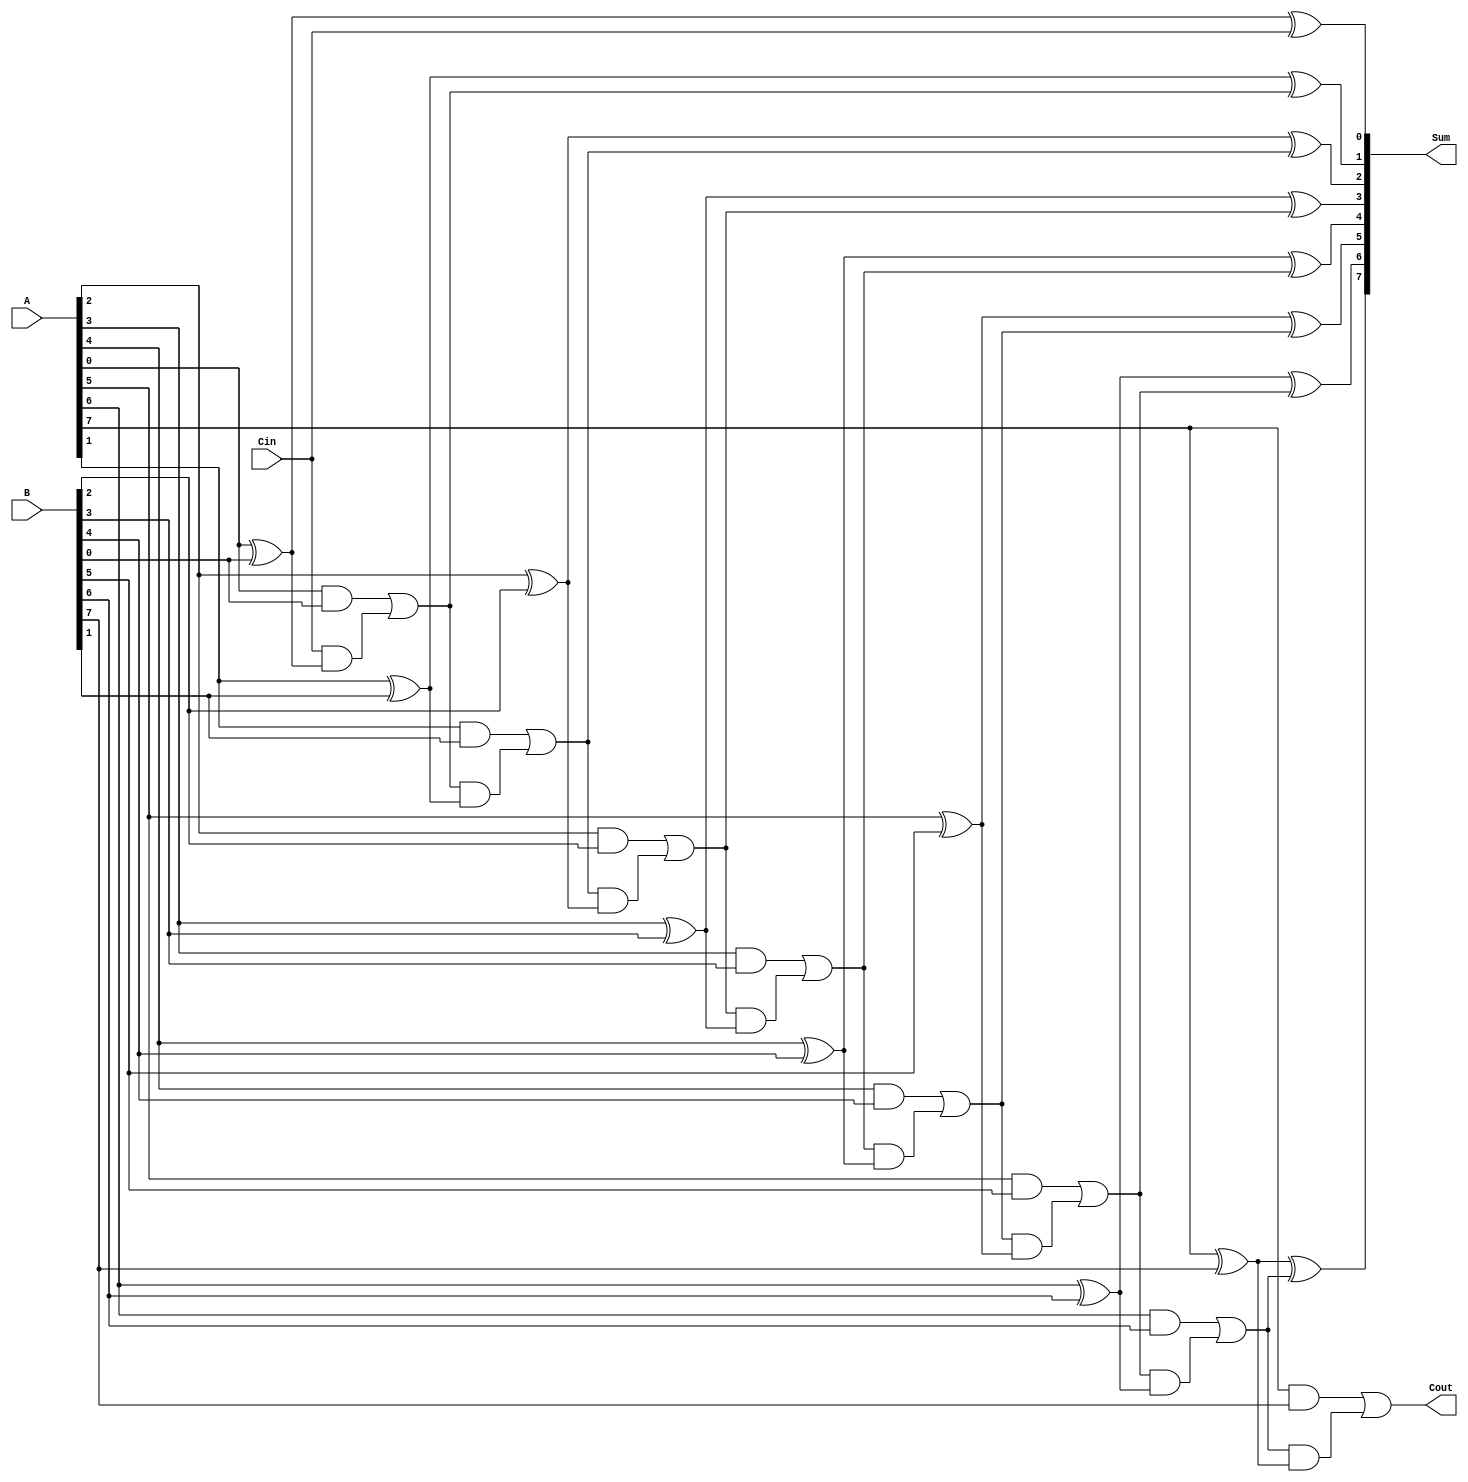
module ManchesterCarryChainAdder #(parameter WIDTH = 8) (
    input  wire [WIDTH-1:0] A,     // First operand
    input  wire [WIDTH-1:0] B,     // Second operand
    input  wire Cin,                // Carry input
    output wire [WIDTH-1:0] Sum,    // Sum output
    output wire Cout                // Carry output
);

    // Internal carry signals
    wire [WIDTH:0] carry; // carry[0] is Cin, carry[WIDTH] is Cout

    // Assign the initial carry input
    assign carry[0] = Cin;

    // Generate the carry and sum for each bit
    genvar i;
    generate
        for (i = 0; i < WIDTH; i = i + 1) begin : adder_stage
            wire A_i = A[i];
            wire B_i = B[i];
            wire carry_in = carry[i];

            // Sum calculation using XOR
            assign Sum[i] = A_i ^ B_i ^ carry_in;

            // Carry generation using Manchester Carry Logic
            assign carry[i + 1] = (A_i & B_i) | (carry_in & (A_i ^ B_i));
        end
    endgenerate

    // Final carry out
    assign Cout = carry[WIDTH];

endmodule